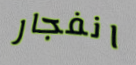
انفجار